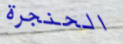
الحنجرة